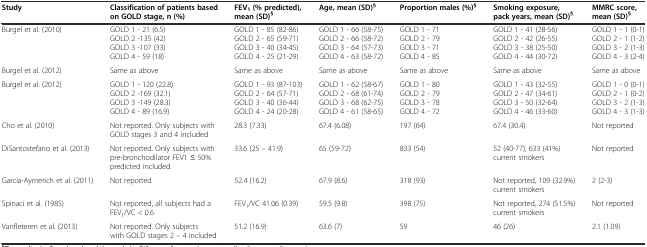
<table><thead><tr><td><b>Study</b></td><td><b>Classification of patients based on GOLD stage, n (%)</b></td><td><b>FEV<sub>1</sub>(% predicted), mean (SD)<sup>§</sup></b></td><td><b>Age, mean (SD)<sup>§</sup></b></td><td><b>Proportion males (%)<sup>§</sup></b></td><td><b>Smoking exposure, pack years, mean (SD)<sup>§</sup></b></td><td><b>MMRC score, mean (SD)<sup>§</sup></b></td></tr></thead><tbody><tr><td>Burgel et al. (2010)</td><td>GOLD 1 - 21 (6.5) GOLD 2 -135 (42) GOLD 3 -107 (33) GOLD 4 - 59 (18)</td><td>GOLD 1 - 85 (82-86) GOLD 2 - 65 (59-71) GOLD 3 - 40 (34-45) GOLD 4 - 25 (21-29)</td><td>GOLD 1 - 66 (58-75) GOLD 2 - 66 (58-72) GOLD 3 - 64 (57-73) GOLD 4 - 63 (58-72)</td><td>GOLD 1 - 71 GOLD 2 - 79 GOLD 3 - 71 GOLD 4 - 85</td><td>GOLD 1 - 41 (28-56) GOLD 2 - 42 (26-55) GOLD 3 - 38 (25-50) GOLD 4 - 44 (30-72)</td><td>GOLD 1 - 1 (0-1) GOLD 2 - 1 (1-2) GOLD 3 - 2 (1-3) GOLD 4 - 3 (2-4)</td></tr><tr><td>Burgel et al. (2012)</td><td>Same as above</td><td>Same as above</td><td>Same as above</td><td>Same as above</td><td>Same as above</td><td>Same as above</td></tr><tr><td>Burgel et al. (2012)</td><td>GOLD 1 - 120 (22.8) GOLD 2 -169 (32.1) GOLD 3 -149 (28.3) GOLD 4 - 89 (16.9)</td><td>GOLD 1 - 93 (87-103) GOLD 2 - 64 (57-71) GOLD 3 - 40 (36-44) GOLD 4 - 24 (20-28)</td><td>GOLD 1 - 62 (58-67) GOLD 2 - 68 (61-74) GOLD 3 - 68 (62-75) GOLD 4 - 61 (58-65)</td><td>GOLD 1 - 80 GOLD 2 - 79 GOLD 3 - 78 GOLD 4 - 72</td><td>GOLD 1 - 43 (32-55) GOLD 2 - 47 (34-61) GOLD 3 - 50 (32-64) GOLD 4 - 46 (33-60)</td><td>GOLD 1 - 0 (0-1) GOLD 2 - 1 (0-2) GOLD 3 - 2 (1-3) GOLD 4 - 3 (1-3)</td></tr><tr><td>Cho et al. (2010)</td><td>Not reported. Only subjects with GOLD stages 3 and 4 included</td><td>28.3 (7.33)</td><td>67.4 (6.08)</td><td>197 (64)</td><td>67.4 (30.4)</td><td>Not reported</td></tr><tr><td>DiSantostefano et al. (2013)</td><td>Not reported. Only subjects with pre-bronchodilator FEV1 ≤ 50% predicted included</td><td>33.6 (25 – 41.9)</td><td>65 (59-72)</td><td>833 (54)</td><td>52 (40-77), 633 (41%) current smokers</td><td>Not reported</td></tr><tr><td>Garcia-Aymerich et al. (2011)</td><td>Not reported</td><td>52.4 (16.2)</td><td>67.9 (8.6)</td><td>318 (93)</td><td>Not reported, 109 (32.9%) current smokers</td><td>2 (2-3)</td></tr><tr><td>Spinaci et al. (1985)</td><td>Not reported, all subjects had a FEV<sub>1</sub>/VC &lt; 0.6</td><td>FEV<sub>1</sub>/VC 41.06 (0.39)</td><td>59.5 (9.8)</td><td>398 (75)</td><td>Not reported, 274 (51.5%) current smokers</td><td>Not reported</td></tr><tr><td>Vanfleteren et al. (2013)</td><td>Not reported. Only subjects with GOLD stages 2 – 4 included</td><td>51.2 (16.9)</td><td>63.6 (7)</td><td>59</td><td>46 (26)</td><td>2.1 (1.09)</td></tr></tbody></table>